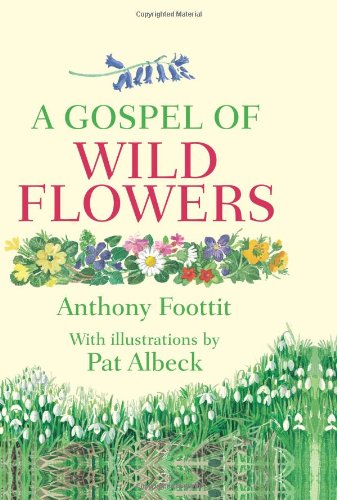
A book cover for A Gospel of Wild Flowers; Anthony Footit; Crafts, Hobbies & Home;